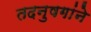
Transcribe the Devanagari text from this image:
तदनुषगांने